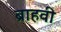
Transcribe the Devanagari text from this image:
ब्राहवी